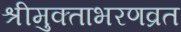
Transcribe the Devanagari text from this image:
श्रीमुक्ताभरणव्रत